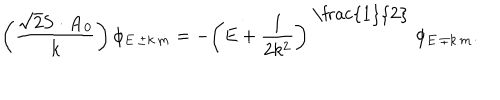
LaTeX: \left( \frac { \sqrt { 2 } { \bf S } \cdot { \bf A } _ { 0 } } { k } \right) \phi _ { E \, \pm k \, m } = - \left( E + \frac { 1 } { 2 k ^ { 2 } } \right) ^ { \mathrm { ~ \frac { 1 } { 2 } ~ } } \phi _ { E \, \mp k \, m } .